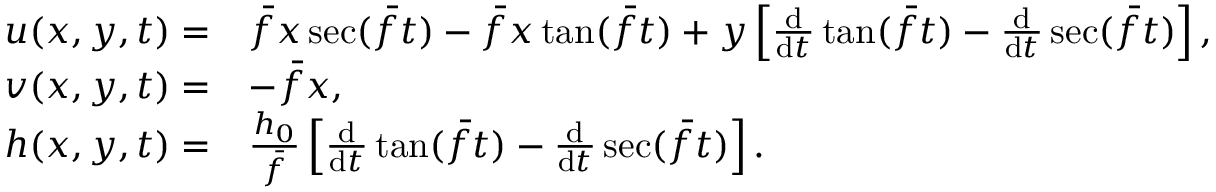
\begin{array} { r l } { u ( x , y , t ) = } & { \bar { f } x \sec ( \bar { f } t ) - \bar { f } x \tan ( \bar { f } t ) + y \left[ \frac { \mathrm { d } } { \mathrm { d } t } \tan ( \bar { f } t ) - \frac { \mathrm { d } } { \mathrm { d } t } \sec ( \bar { f } t ) \right] , } \\ { v ( x , y , t ) = } & { - \bar { f } x , } \\ { h ( x , y , t ) = } & { \frac { h _ { 0 } } { \bar { f } } \left[ \frac { \mathrm { d } } { \mathrm { d } t } \tan ( \bar { f } t ) - \frac { \mathrm { d } } { \mathrm { d } t } \sec ( \bar { f } t ) \right] . } \end{array}